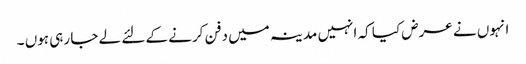
انہوں نے عرض کیا کہ انہیں مدینہ میں دفن کرنے کے لئے لے جا رہی ہوں ۔